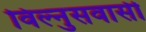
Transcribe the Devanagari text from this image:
विल्नुसवासी